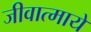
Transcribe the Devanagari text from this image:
जीवात्मायें